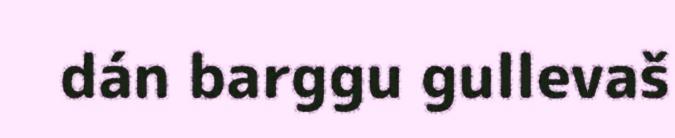
dán barggu gullevaš